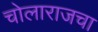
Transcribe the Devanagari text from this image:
चोलाराजचा